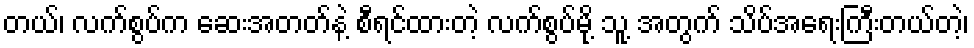
တယ်၊ လက်စွပ်က ဆေးအတတ်နဲ့ စီရင်ထားတဲ့ လက်စွပ်မို့ သူ့ အတွက် သိပ်အရေးကြီးတယ်တဲ့၊